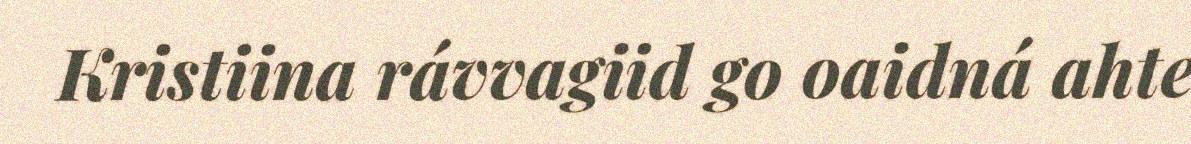
Kristiina rávvagiid go oaidná ahte